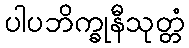
ပါပဘိက္ခုနီသုတ္တံ